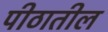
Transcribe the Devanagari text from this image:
पीठातील